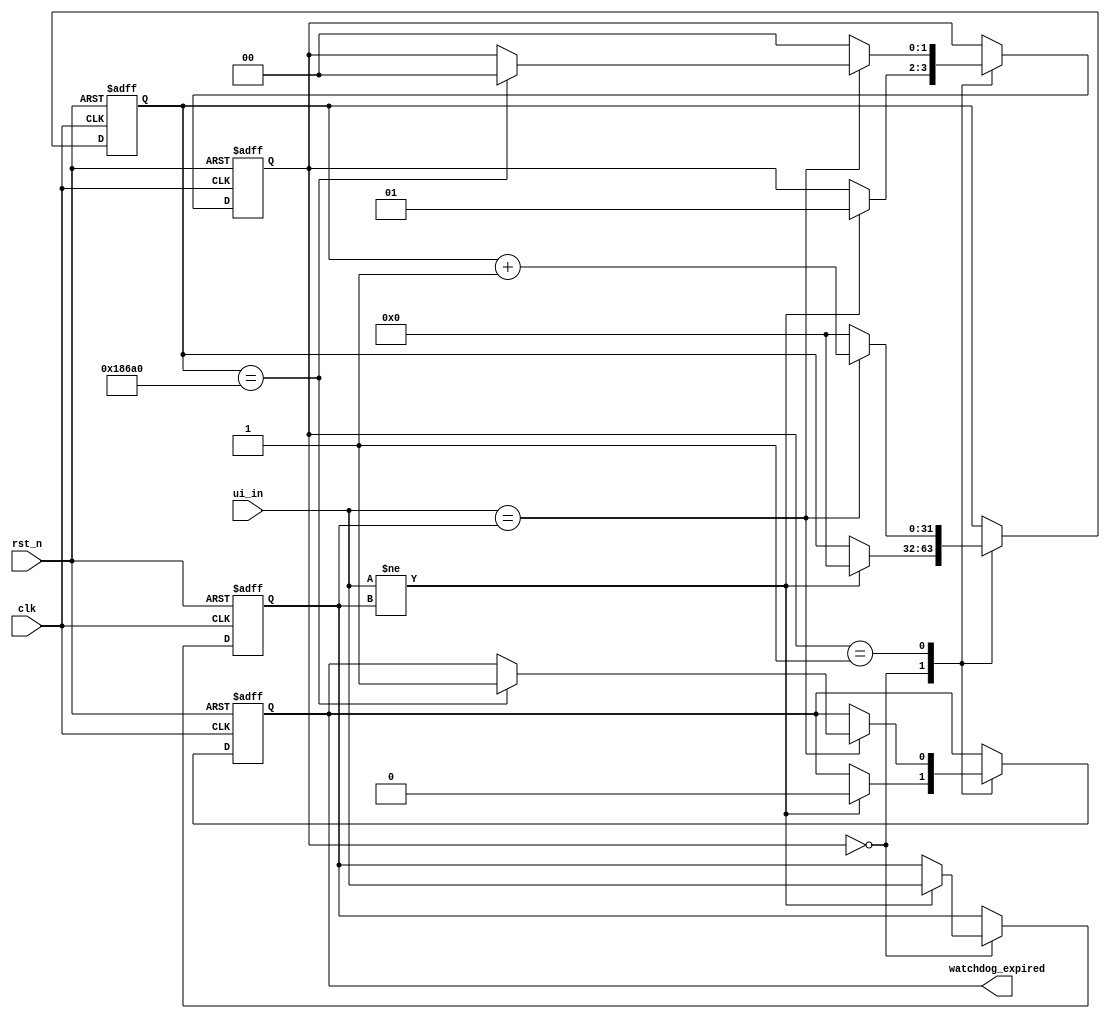
`default_nettype none
`timescale 1ns/1ns
module watchdog (
    input wire clk,          // Clock input
    input wire rst_n,        // Reset input
    input wire [7:0] ui_in,  // Dedicated inputs
    output wire watchdog_expired // Watchdog expiration signal
);

// Parameters
parameter TIMEOUT_VALUE = 100000; // Timeout value (in clock cycles)

// Internal signals
reg [7:0] ui_in_reg;
reg [31:0] counter;
reg [1:0] state;

// Watchdog states
parameter IDLE = 2'b00;
parameter ACTIVE = 2'b01;

// Watchdog expiration flag
reg expired;

// Watchdog expiration detection logic
always @(posedge clk or negedge rst_n) begin
    if (!rst_n) begin
        counter <= 0;
        state <= IDLE;
        expired <= 0;
        ui_in_reg<=0;
    end else begin
        case (state)
            IDLE: begin
                if (ui_in != ui_in_reg) begin
                    state <= ACTIVE;
                    expired <= 0;
                    counter <= 0;
                    ui_in_reg <= ui_in;
                end
            end
            ACTIVE: begin
                if (ui_in == ui_in_reg) begin
                    counter <= counter + 1;
                    if (counter == TIMEOUT_VALUE) begin
                        expired <= 1;
                        state<=IDLE;
                    end
                end else begin
                    counter <= 0;
                    state <= IDLE;
                end
            end
        endcase
    end
end

// Output expiration signal when expired
assign watchdog_expired = expired;


endmodule